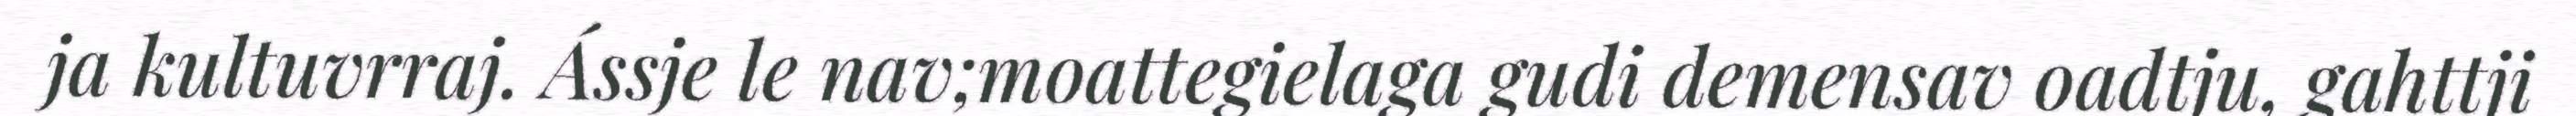
ja kultuvrraj. Ássje le nav;moattegielaga gudi demensav oadtju, gahttji